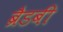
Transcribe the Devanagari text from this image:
ब्रैडबी